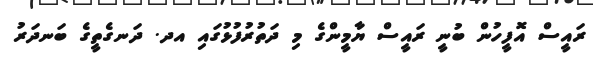
ރައީސް އޮފީހުން ބުނީ ރައީސް ޔާމީންގެ މި ދަތުރުފުޅުގައި އދ. ދަނގެތީގެ ބަނދަރު